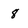
Character: 8